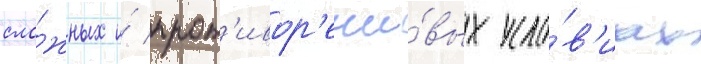
сло́жных и́ прот'ивор'ечи́вых усло́в'иах